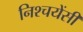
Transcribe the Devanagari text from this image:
निश्चयेंसी